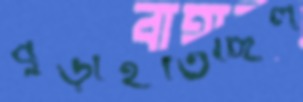
বুড়াইতেছিল